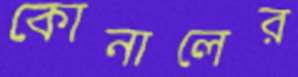
কোনালের